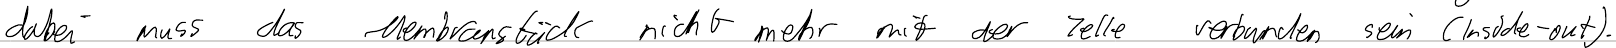
dabei muss das Membranstück nicht mehr mit der Zelle verbunden sein (Inside-out).